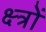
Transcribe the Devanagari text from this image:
क्ष्त्रों